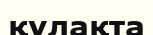
құлақта